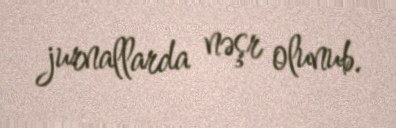
jurnallarda nəşr olunub.